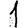
Digit: 1